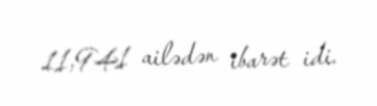
11,941 ailədən ibarət idi.